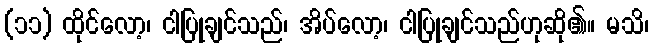
(၁၁) ထိုင်လော့၊ ငါပြုချင်သည်၊ အိပ်လော့၊ ငါပြုချင်သည်ဟုဆို၏။ မသိ၊